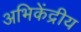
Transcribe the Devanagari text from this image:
अभिकेंद्रीय